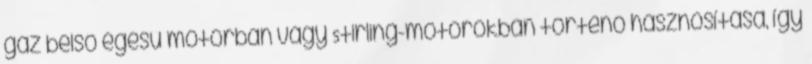
gáz belső égésű motorban vagy Stirling-motorokban történő hasznosítása, így